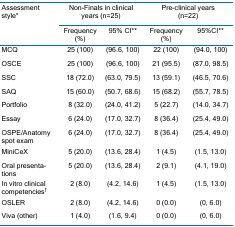
| <ROWSPAN=2> Assessment style* | <COLSPAN=2> Non-Finals in clinical years (n=25) | <COLSPAN=2> Pre-clinical years (n=22) |
 | Frequency (%) | 95% CI** | Frequency (%) | 95%CI** |
 | --- | --- | --- | --- | --- |
 | MCQ | 25 (100) | (96.6, 100) | 22 (100) | (94.0, 100) |
 | OSCE | 25 (100) | (96.6, 100) | 21 (95.5) | (87.0, 98.5) |
 | SSC | 18 (72.0) | (63.0, 79.5) | 13 (59.1) | (46.5, 70.6) |
 | SAQ | 15 (60.0) | (50.7, 68.6) | 15 (68.2) | (55.7, 78.5) |
 | Portfolio | 8 (32.0) | (24.0, 41.2) | 5 (22.7) | (14.0, 34.7) |
 | Essay | 6 (24.0) | (17.0, 32.7) | 8 (36.4) | (25.4, 49.0) |
 | OSPE/Anatomyspot exam | 6 (24.0) | (17.0, 32.7) | 8 (36.4) | (25.4, 49.0) |
 | MiniCeX | 5 (20.0) | (13.6, 28.4) | 1 (4.5) | (1.5, 13.0) |
 | Oral presentations | 5 (20.0) | (13.6, 28.4) | 2 (9.1) | (4.1, 19.0) |
 | In vitro clinical competencies† | 2 (8.0) | (4.2, 14.6) | 1 (4.5) | (1.5, 13.0) |
 | OSLER | 2 (8.0) | (4.2, 14.6) | 0 (0.0) | (0, 6.0) |
 | Viva (other) | 1 (4.0) | (1.6, 9.4) | 0 (0.0) | (0, 6.0) |